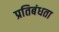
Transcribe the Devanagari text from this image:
प्रतिबंधता